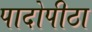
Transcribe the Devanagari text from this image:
पादोपीठा